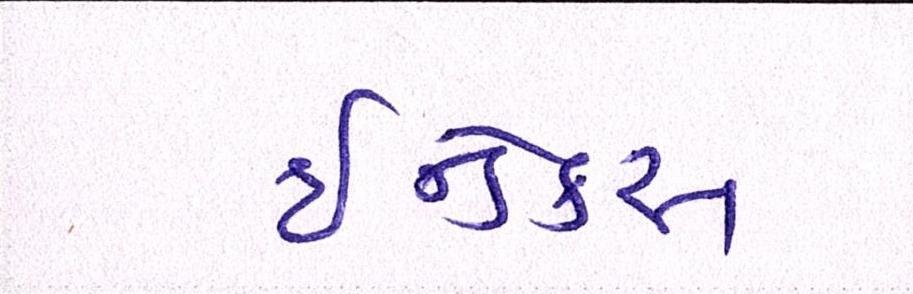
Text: ઇન્ડેક્સ